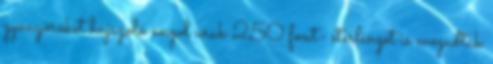
gyönyöröket hajszoló angol urak 250 font- sterlinget is megadtak